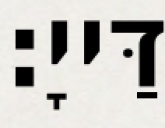
דַּייָ׃